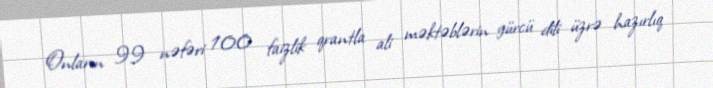
Onların 99 nəfəri 100 faizlik qrantla ali məktəblərin gürcü dili üzrə hazırlıq